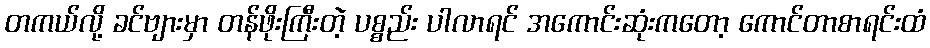
တကယ်လို့ ခင်ဗျားမှာ တန်ဖိုးကြီးတဲ့ ပစ္စည်း ပါလာရင် အကောင်းဆုံးကတော့ ကောင်တာစာရင်းထံ